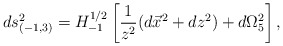
\begin{align*}ds_{(-1,3)}^2= H_{-1}^{1/2}\left[{1\over z^2}( d\vec x^2+ dz^2)+ d\Omega_5^2 \right],\end{align*}